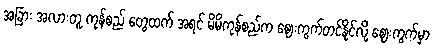
အခြား အလားတူ ကုန်စည် တွေထက် အရင် မိမိကုန်စည်က ဈေးကွက်တင်နိုင်လို့ ဈေးကွက်မှာ